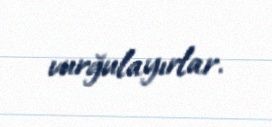
vurğulayırlar.